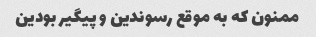
ممنون که به موقع رسوندین و پیگیر بودین